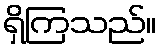
ရှိကြသည်။